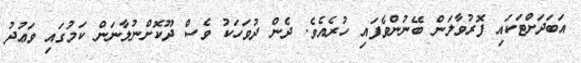
އަބަދަށްޓަކައި ފޮރުވާލަން ބޭނުންވެފައި ހުރެއެވެ. ދެން ދުވަހަކު ވެސް ދޫކޮށްނުލާނަން ކަމުގައި ވަޢުދު